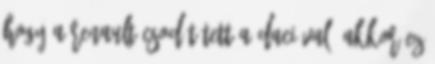
hogy a Renault csodát tett a Daciával, akkor ez